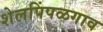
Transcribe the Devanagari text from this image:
शेलपिंपळगाव